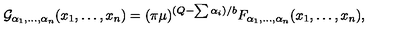
{ \cal G } _ { \alpha _ { 1 } , \ldots , \alpha _ { n } } ( x _ { 1 } , \ldots , x _ { n } ) = ( \pi \mu ) ^ { ( Q - \sum \alpha _ { i } ) / b } F _ { \alpha _ { 1 } , \ldots , \alpha _ { n } } ( x _ { 1 } , \ldots , x _ { n } ) ,